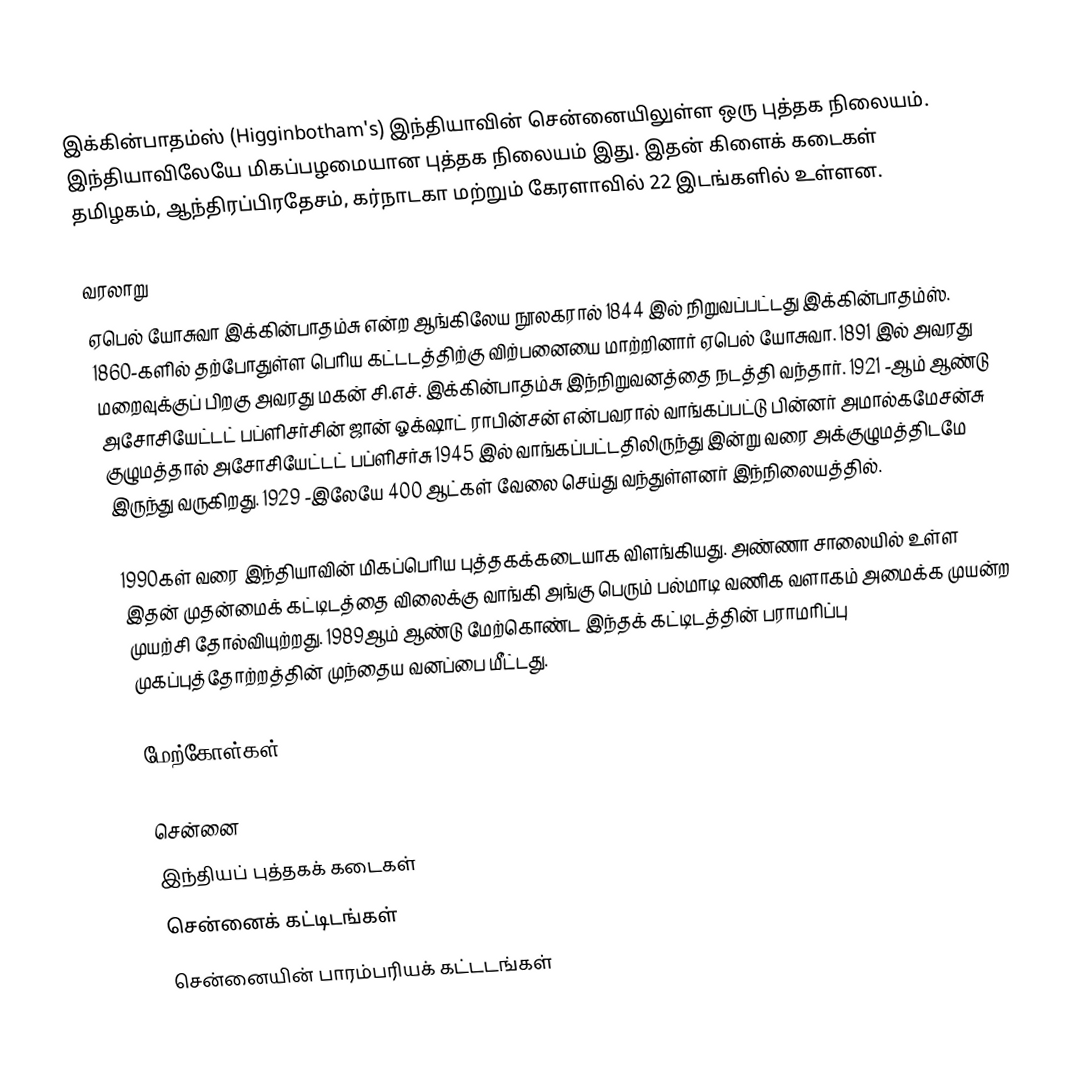
இக்கின்பாதம்ஸ் (Higginbotham's) இந்தியாவின் சென்னையிலுள்ள ஒரு புத்தக நிலையம். இந்தியாவிலேயே மிகப்பழமையான புத்தக நிலையம் இது. இதன் கிளைக் கடைகள் தமிழகம், ஆந்திரப்பிரதேசம், கர்நாடகா மற்றும் கேரளாவில் 22 இடங்களில் உள்ளன.

வரலாறு
ஏபெல் யோசுவா இக்கின்பாதம்சு என்ற ஆங்கிலேய நூலகரால் 1844 இல் நிறுவப்பட்டது இக்கின்பாதம்ஸ். 1860-களில் தற்போதுள்ள பெரிய கட்டடத்திற்கு விற்பனையை மாற்றினார் ஏபெல் யோசுவா. 1891 இல் அவரது மறைவுக்குப் பிறகு அவரது மகன் சி.எச். இக்கின்பாதம்சு இந்நிறுவனத்தை நடத்தி வந்தார்.  1921 -ஆம் ஆண்டு அசோசியேட்டட் பப்ளிசர்சின் ஜான் ஓக்‌ஷாட் ராபின்சன் என்பவரால் வாங்கப்பட்டு பின்னர் அமால்கமேசன்சு குழுமத்தால் அசோசியேட்டட் பப்ளிசர்சு 1945 இல் வாங்கப்பட்டதிலிருந்து இன்று வரை அக்குழுமத்திடமே இருந்து வருகிறது. 1929 -இலேயே 400 ஆட்கள் வேலை செய்து வந்துள்ளனர் இந்நிலையத்தில்.

1990கள் வரை இந்தியாவின் மிகப்பெரிய புத்தகக்கடையாக விளங்கியது. அண்ணா சாலையில் உள்ள இதன்  முதன்மைக் கட்டிடத்தை விலைக்கு வாங்கி அங்கு பெரும் பல்மாடி வணிக வளாகம் அமைக்க முயன்ற முயற்சி தோல்வியுற்றது. 1989ஆம் ஆண்டு மேற்கொண்ட இந்தக் கட்டிடத்தின் பராமரிப்பு முகப்புத்தோற்றத்தின் முந்தைய வனப்பை மீட்டது.

மேற்கோள்கள்

சென்னை
இந்தியப் புத்தகக் கடைகள்
சென்னைக் கட்டிடங்கள்
சென்னையின் பாரம்பரியக் கட்டடங்கள்